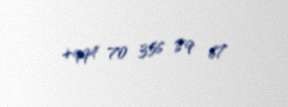
+994 70 356 89 67